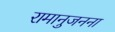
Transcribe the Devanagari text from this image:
रामानुजनना